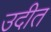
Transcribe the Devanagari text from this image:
उदीत